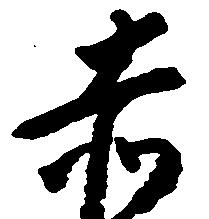
赤